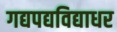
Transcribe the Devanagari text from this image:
गद्यपद्यविद्याधर